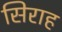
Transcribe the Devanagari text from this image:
सिराह